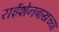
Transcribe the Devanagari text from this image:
राईशेनबाखच्या